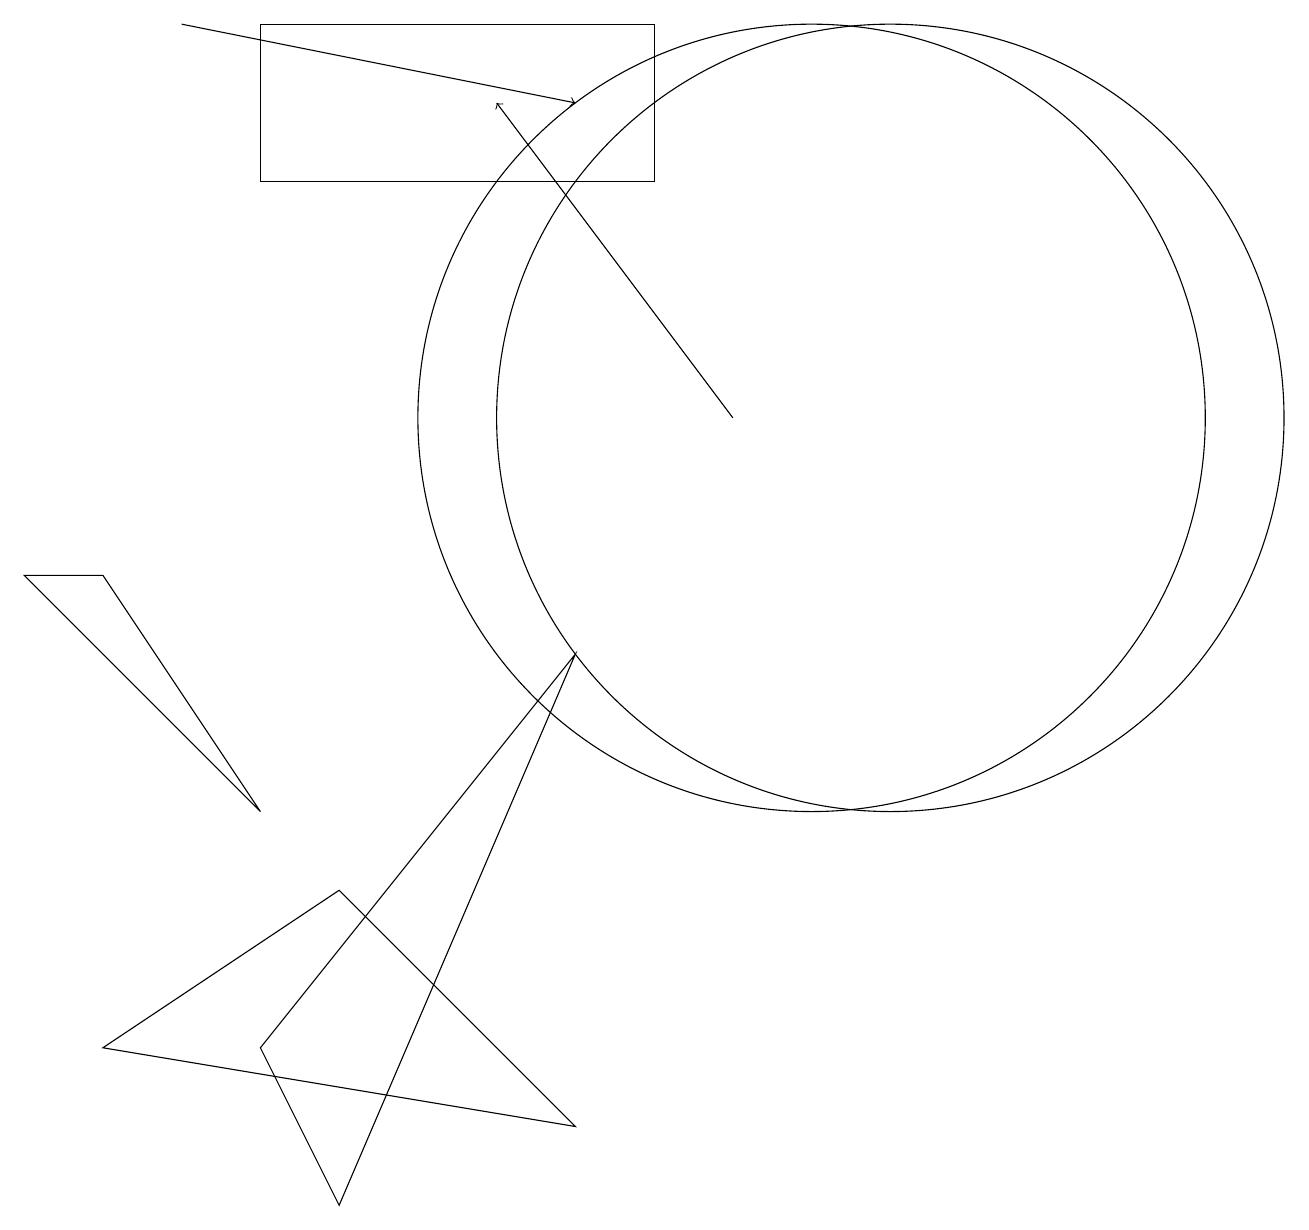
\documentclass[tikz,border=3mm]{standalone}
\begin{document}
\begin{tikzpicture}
\draw (10,11) circle (5);
\draw (1,9) -- (0,9) -- (3,6) -- cycle;
\draw[->] (9,11) -- (6,15);
\draw (3,14) rectangle (8,16);
\draw[->] (2,16) -- (7,15);
\draw (4,1) -- (7,8) -- (3,3) -- cycle;
\draw (11,11) circle (5);
\draw (4,5) -- (7,2) -- (1,3) -- cycle;
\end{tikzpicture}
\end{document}